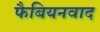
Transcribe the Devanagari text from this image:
फैबियनवाद